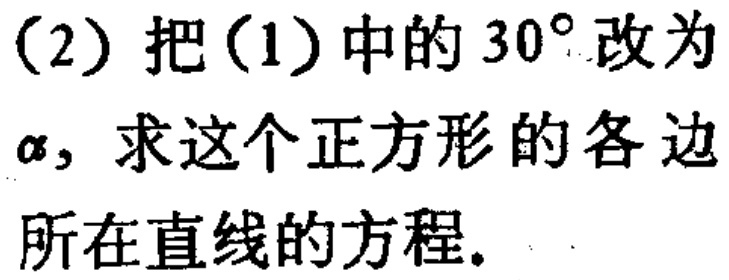
(2) 把(1)中的 \(30^{\circ}\) 改为 \(\alpha\)，求这个正方形的各边所在直线的方程.